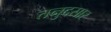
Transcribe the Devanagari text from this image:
तनुदसार